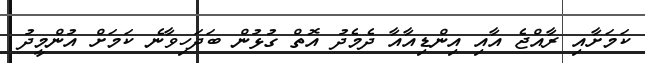
ކަމަށާއި ރާއްޖެ އާއި އިންޑިއާއާ ދެމެދު އޮތް ގުޅުން ބަދަހިވާނެ ކަމަށް އުންމީދު